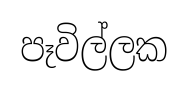
පෑවිල්ලක